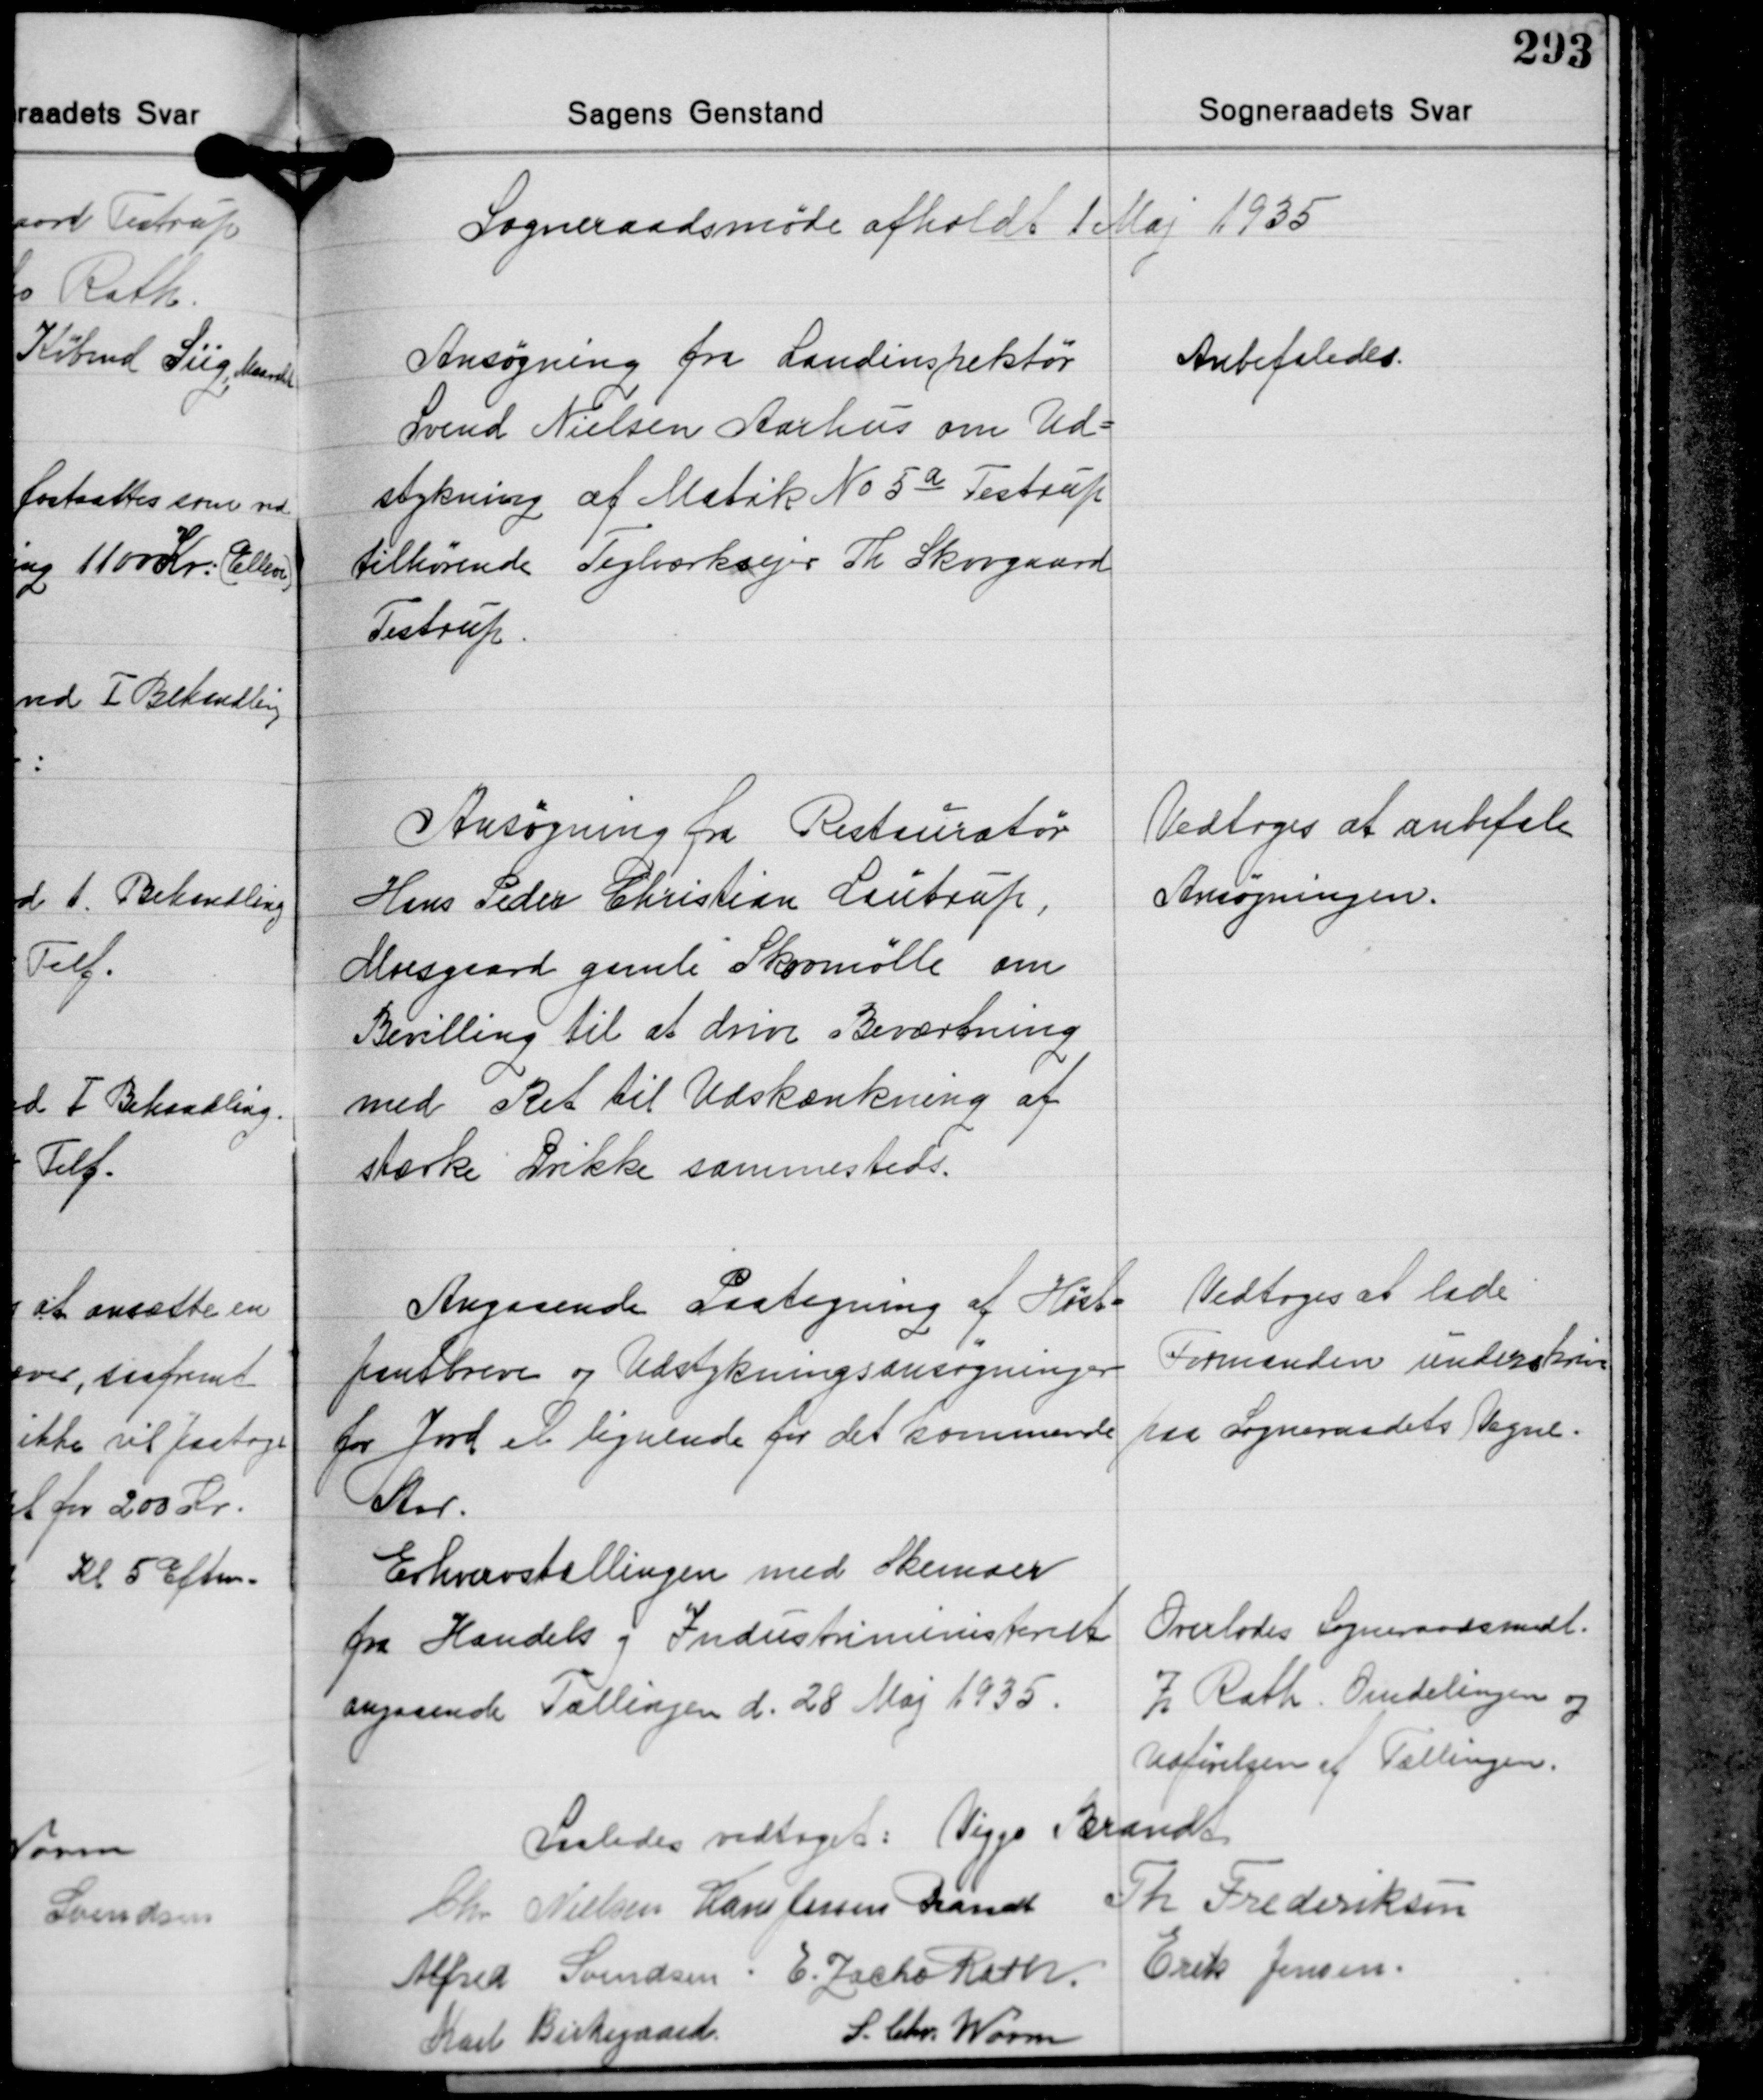
Transskription:
Sogneraadsmøde afholdt 1 Maj 1935

Ansøgning fra Landinspektør
Svend Nielsen Aarhus om Ud-
stykning af Matrik No 5a Testrup
tilhørende Teglværksejer Th. Skovgaard
Testrup

Anbefaledes.

Ansøgning fra Restauratør
Hens Peder Christian Lautrup
Moesgaard gamle Skovmølle om
Bevilling til at drive Beværtning
med Ret til Udskænkning af
stærke Drikke sammesteds.

Vedtoges at anbefale
Ansøgningen.

Angaaende Paategning af Høst-
pantbreve og Udstykningsansøgninger
for Jord el. lignende for det kommende
Aar.

Vedtoges at lade
Formanden underskrive
paa Sogneraadets Vegne.

Erhvervstællingen med Skemaer
fra Handels og Industriministeriet
angaaende Tællingen d. 28 Maj 1935.

Overlodes Sogneraadsmdl.
Z. Rath. Omdelingen og
Udførelsen af Tællingen.

Saaledes vedtaget: Viggo Brandt
Chr. Nielsen Hans Jessen Brandt Th. Frederiksen
Alfred Svendsen: E. Jacho Karh Erik Jensen.
S. Chr. Worm
Karl Birkegaard